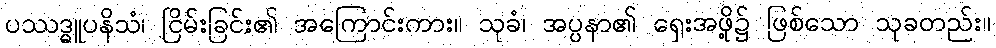
ပဿဒ္ဓူပနိသံ၊ ငြိမ်းခြင်း၏ အကြောင်းကား။ သုခံ၊ အပ္ပနာ၏ ရှေးအဖို့၌ ဖြစ်သော သုခတည်း။